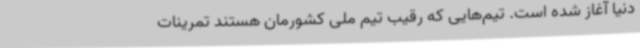
دنیا آغاز شده است. تیم‌هایی که رقیب تیم ملی کشورمان هستند تمرینات